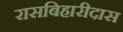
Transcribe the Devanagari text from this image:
रासबिहारीदास